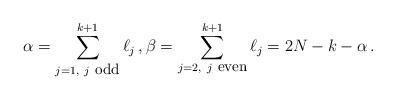
LaTeX: \begin{align*}\alpha=\sum_{j=1,\ j \mbox{ {\small odd}}}^{k+1}\ell_j\,, \beta =\sum_{j=2,\ j \mbox { {\small even}}}^{k+1}\ell_j = 2N-k -\alpha\,.\end{align*}